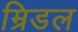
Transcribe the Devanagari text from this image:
म्रिडल